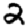
Digit: 2